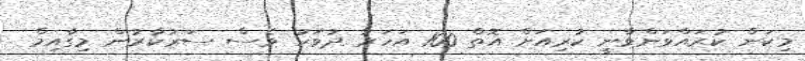
މިކަން ކުރައްވަންވާނީ ކުރިއަށް އޮތް 100 އަހަރު ދުވަހު ވެސް ސަރުކާރުން މިގާއިމް